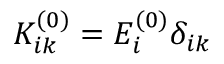
K _ { i k } ^ { ( 0 ) } = E _ { i } ^ { ( 0 ) } \delta _ { i k }